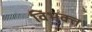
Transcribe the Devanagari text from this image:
विभक्‍त